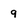
Character: q